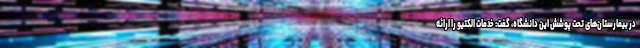
در بیمارستان‌های تحت پوشش این دانشگاه، گفت: خدمات الکتیو را ارائه